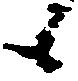
候